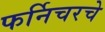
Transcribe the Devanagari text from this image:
फर्निचरचे